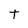
Character: t